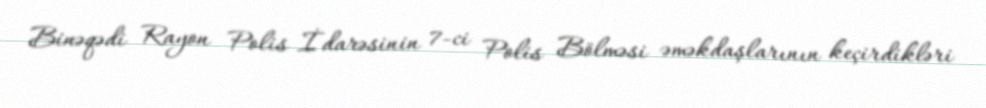
Binəqədi Rayon Polis İdarəsinin 7-ci Polis Bölməsi əməkdaşlarının keçirdikləri